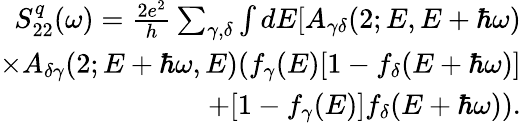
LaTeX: \begin{array}{r}{S_{22}^{q}(\omega)=\frac{2e^{2}}{h}\sum_{\gamma,\delta}\int dE[A_{\gamma\delta}(2;E,E+\hbar\omega)}\\ {\times A_{\delta\gamma}(2;E+\hbar\omega,E)(f_{\gamma}(E)[1-f_{\delta}(E+\hbar\omega)]}\\ {+[1-f_{\gamma}(E)]f_{\delta}(E+\hbar\omega)).}\end{array}